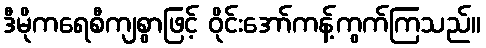
ဒီမိုကရေစီကျစွာဖြင့် ဝိုင်းအော်ကန့်ကွက်ကြသည်။